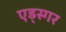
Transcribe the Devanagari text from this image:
एड्स्गर